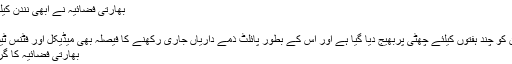
بھارتی فضائیہ نے ابھی نندن کیلئے مزید آزمائش کھڑی کردی
2019-03-14 23:31:29
ڈاکٹروں کی ہدایت پر ابھی نندن کو چند ہفتوں کیلئے چھٹی پربھیج دیا گیا ہے اور اس کے بطور پائلٹ ذمے داریاں جاری رکھنے کا فیصلہ بھی میڈیکل اور فٹنس ٹیسٹ کے بعد ہوگا— فوٹو: فائل
بھارتی فضائیہ کا گرفتار پائلٹ ابھی نندن کون ہے؟